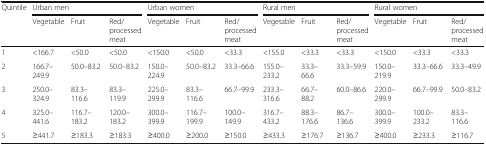
<table><thead><tr><td rowspan="2"><b>Quintile</b></td><td colspan="3"><b>Urban men</b></td><td colspan="3"><b>Urban women</b></td><td colspan="3"><b>Rural men</b></td><td colspan="3"><b>Rural women</b></td></tr><tr><td><b>Vegetable</b></td><td><b>Fruit</b></td><td><b>Red/processed meat</b></td><td><b>Vegetable</b></td><td><b>Fruit</b></td><td><b>Red/processed meat</b></td><td><b>Vegetable</b></td><td><b>Fruit</b></td><td><b>Red/processed meat</b></td><td><b>Vegetable</b></td><td><b>Fruit</b></td><td><b>Red/processed meat</b></td></tr></thead><tbody><tr><td>1</td><td>&lt;166.7</td><td>&lt;50.0</td><td>&lt;50.0</td><td>&lt;150.0</td><td>&lt;50.0</td><td>&lt;33.3</td><td>&lt;155.0</td><td>&lt;33.3</td><td>&lt;33.3</td><td>&lt;150.0</td><td>&lt;33.3</td><td>&lt;33.3</td></tr><tr><td>2</td><td>166.7–249.9</td><td>50.0–83.2</td><td>50.0–83.2</td><td>150.0–224.9</td><td>50.0–83.2</td><td>33.3–66.6</td><td>155.0–233.2</td><td>33.3–66.6</td><td>33.3–59.9</td><td>150.0–219.9</td><td>33.3–66.6</td><td>33.3–49.9</td></tr><tr><td>3</td><td>250.0–324.9</td><td>83.3–116.6</td><td>83.3–119.9</td><td>225.0–299.9</td><td>83.3–116.6</td><td>66.7–99.9</td><td>233.3–316.6</td><td>66.7–88.2</td><td>60.0–86.6</td><td>220.0–299.9</td><td>66.7–99.9</td><td>50.0–83.2</td></tr><tr><td>4</td><td>325.0–441.6</td><td>116.7–183.2</td><td>120.0–183.2</td><td>300.0–399.9</td><td>116.7–199.9</td><td>100.0–149.9</td><td>316.7–433.2</td><td>88.3–176.6</td><td>86.7–136.6</td><td>300.0–399.9</td><td>100.0–233.2</td><td>83.3–116.6</td></tr><tr><td>5</td><td>≥441.7</td><td>≥183.3</td><td>≥183.3</td><td>≥400.0</td><td>≥200.0</td><td>≥150.0</td><td>≥433.3</td><td>≥176.7</td><td>≥136.7</td><td>≥400.0</td><td>≥233.3</td><td>≥116.7</td></tr></tbody></table>